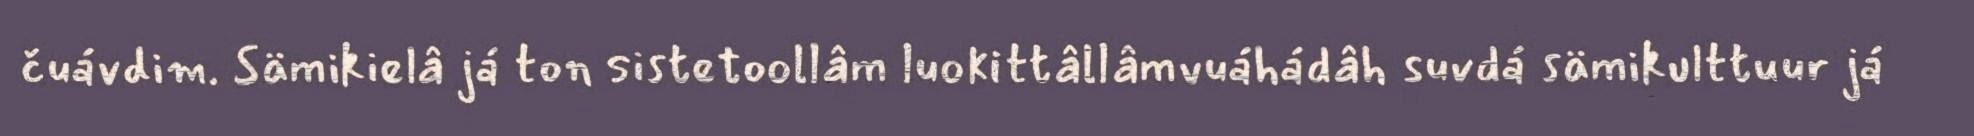
čuávdim. Sämikielâ já ton sistetoollâm luokittâllâmvuáhádâh suvdá sämikulttuur já